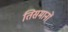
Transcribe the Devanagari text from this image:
तिसमानों